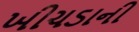
ખીચડાની